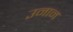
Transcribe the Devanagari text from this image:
उनान